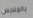
بالملابس